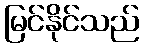
မြင်နိုင်သည်